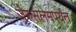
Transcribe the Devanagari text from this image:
जेरुसलेमपर्यंत